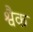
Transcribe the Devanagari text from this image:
श्वैक